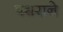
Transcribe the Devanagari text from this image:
पथराने